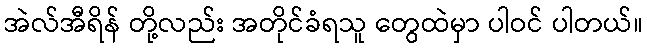
အဲလ်အီရိန် တို့လည်း အတိုင်ခံရသူ တွေထဲမှာ ပါဝင် ပါတယ်။